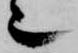
也